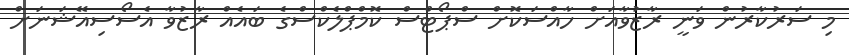
މި ސަރުކާރުން ވަނީ ރާޒުވާއަށް ހާއްސަކޮށް ސްޕޯޓްސް ކޮމްޕްލެކްސްގެ ބައެއް ރާޒުވާ އެސޯސިއޭޝަނަށް